Annual statistical returns and brief notes on vaccination in Bengal - 1887-1898
Year: 1887
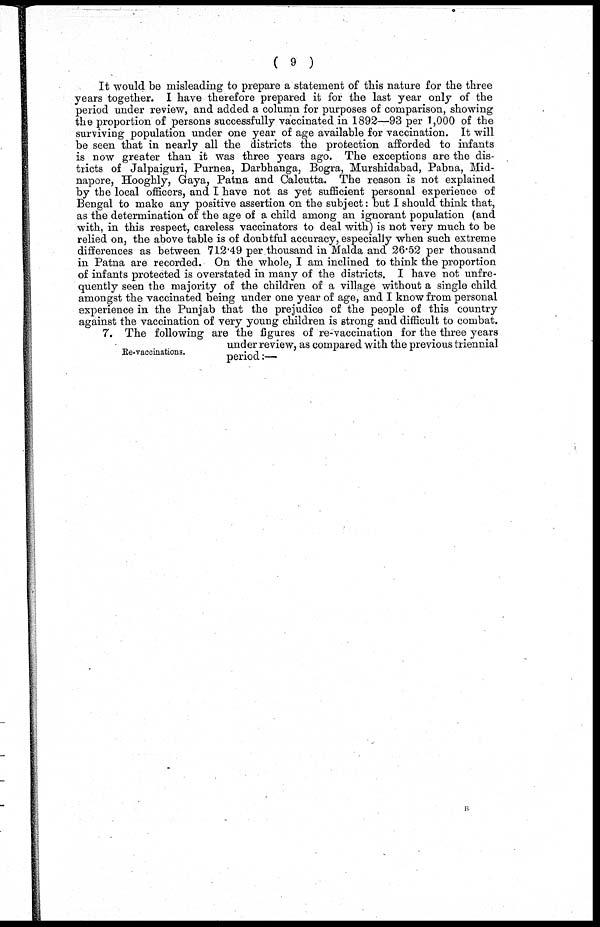
( 9 )
It would be misleading to prepare a statement of this nature for the three
years together. I have therefore prepared it for the last year only of the
period under review, and added a column for purposes of comparison, showing
the proportion of persons successfully vaccinated in 1892—93 per 1,000 of the
surviving population under one year of age available for vaccination. It will
be seen that in nearly all the districts the protection afforded to infants
is now greater than it was three years ago. The exceptions are the dis-
tricts of Jalpaiguri, Purnea, Darbhanga, Bogra, Murshidabad, Pabna, Mid¬
napore, Hooghly, Gaya, Patna and Calcutta. The reason is not explained
by the local officers, and I have not as yet sufficient personal experience of
Bengal to make any positive assertion on the subject: but I should think that,
as the determination of the age of a child among an ignorant population (and
with, in this respect, careless vaccinators to deal with) is not very much to be
relied on, the above table is of doubtful accuracy, especially when such extreme
differences as between 712.49 per thousand in Malda and 26.52 per thousand
in Patna are recorded. On the whole, I am inclined to think the proportion
of infants protected is overstated in many of the districts. I have not unfre¬
quently seen the majority of the children of a village without a single child
amongst the vaccinated being under one year of age, and I know from personal
experience in the Punjab that the prejudice of the people of this country
against the vaccination of very young children is strong and difficult to combat.
Re-vaccinations.
7. The following are the figures of re-vaccination for the three years
under review, as compared with the previous triennial
period:—
B